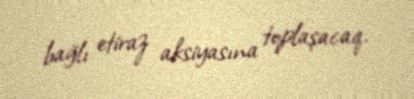
bağlı etiraz aksiyasına toplaşacaq.